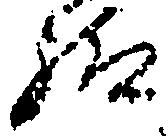
給